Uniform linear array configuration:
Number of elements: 24
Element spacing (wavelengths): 0.75
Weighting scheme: cosine
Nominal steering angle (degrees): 30
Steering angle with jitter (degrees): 31.965
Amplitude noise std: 0.05
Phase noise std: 0.05

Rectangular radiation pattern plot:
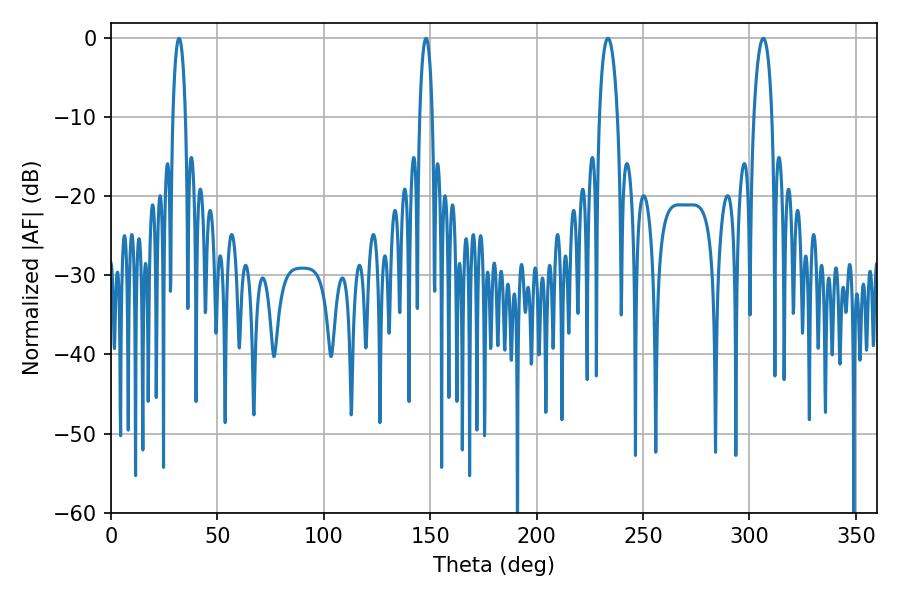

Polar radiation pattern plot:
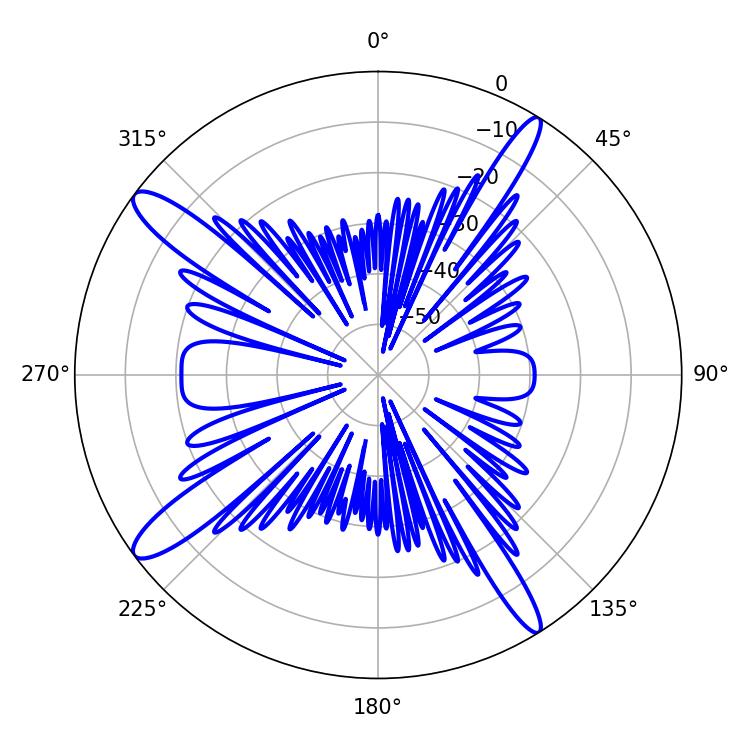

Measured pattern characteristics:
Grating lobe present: TRUE
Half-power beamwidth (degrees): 4.86
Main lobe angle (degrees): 233.46